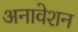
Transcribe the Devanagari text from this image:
अनावेशन